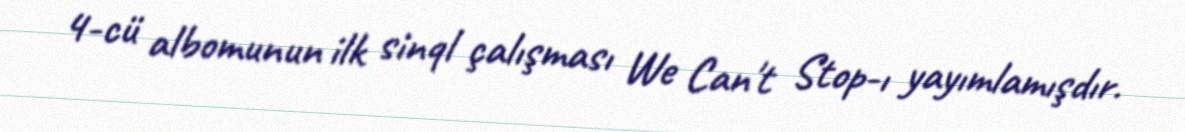
4-cü albomunun ilk sinql çalışması We Can't Stop-ı yayımlamışdır.